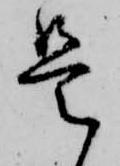
是